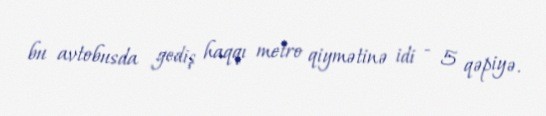
bu avtobusda gediş haqqı metro qiymətinə idi - 5 qəpiyə.